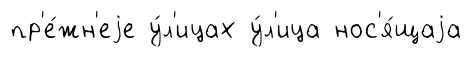
пр'е́жн'еjе у́л'ицах у́л'ица нос'я́щаjа